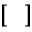
[ ~ ~ ]